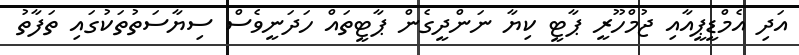
އަދި އެމްޑީޕީއާއި ޖުމްހޫރީ ޕާޓީ ކިޔާ ނަންދީގެން ޕާޓީތައް ހަދަނީވެސް ސިޔާސަތުތަކުގައި ތަފާތު